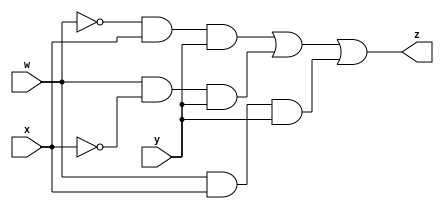
module unoptimized_sop (
   input  w,
   input  x,
   input  y,
   output z
   );
   
   assign z = ~w & x & y | w & ~x & y | w & x & y;
   
endmodule